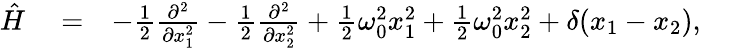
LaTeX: \begin{array}{rlr}{\hat{H}}&{{}=}&{-\frac{1}{2}\frac{\partial^{2}}{\partial x_{1}^{2}}-\frac{1}{2}\frac{\partial^{2}}{\partial x_{2}^{2}}+\frac{1}{2}\omega_{0}^{2}x_{1}^{2}+\frac{1}{2}\omega_{0}^{2}x_{2}^{2}+\delta(x_{1}-x_{2}),\; \; \; \; \; \; \; }\end{array}